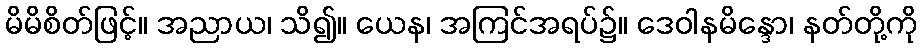
မိမိစိတ်ဖြင့်။ အညာယ၊ သိ၍။ ယေန၊ အကြင်အရပ်၌။ ဒေဝါနမိန္ဒော၊ နတ်တို့ကို